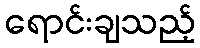
ရောင်းချသည့်